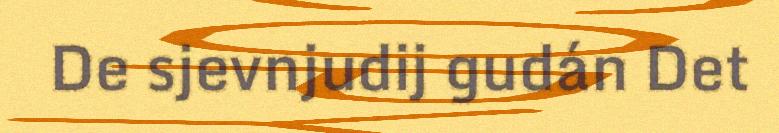
De sjevnjudij gudán Det